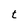
Character: t